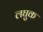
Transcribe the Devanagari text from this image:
लघुक